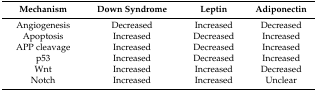
| Mechanism | Down Syndrome | Leptin | Adiponectin |
 | --- | --- | --- | --- |
 | Angiogenesis | Decreased | Increased | Decreased |
 | Apoptosis | Increased | Decreased | Increased |
 | APP cleavage | Increased | Decreased | Increased |
 | p53 | Increased | Decreased | Increased |
 | Wnt | Increased | Increased | Decreased |
 | Notch | Increased | Increased | Unclear |